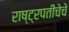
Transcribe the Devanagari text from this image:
राष्ट्रपतींचेचे